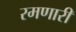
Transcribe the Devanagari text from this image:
रमणारी